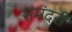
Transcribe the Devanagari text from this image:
समंदरी